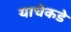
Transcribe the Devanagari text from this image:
याचेकडे